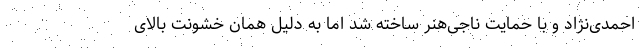
احمدی‌نژاد و با حمایت ناجی‌هنر ساخته شد اما به دلیل همان خشونت بالای